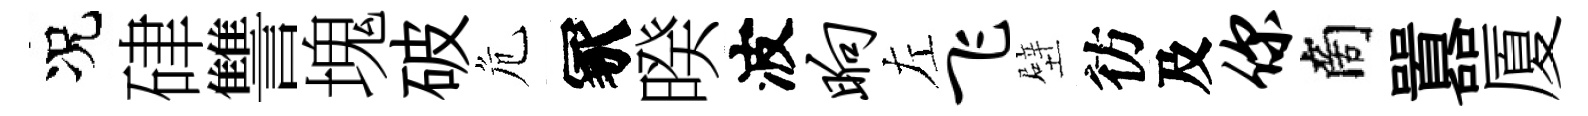
况硉讐塊破危冢暌波晌左飞壁彷及你商囂厦